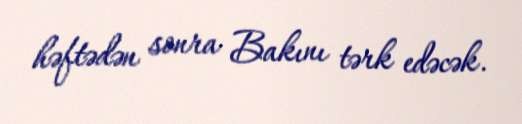
həftədən sonra Bakını tərk edəcək.